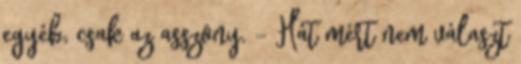
egyéb, csak az asszony. - Hát mért nem választ